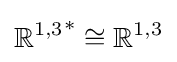
{\mathbb {R} ^{1,3}}^{*}\cong \mathbb {R} ^{1,3}